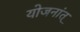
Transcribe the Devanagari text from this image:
योजनांत्‌